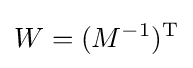
W=(M^{-1})^{\mathrm {T} }